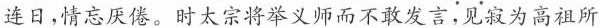
连日，情忘厌倦。时太宗将举义师而不敢发言；见为高祖所